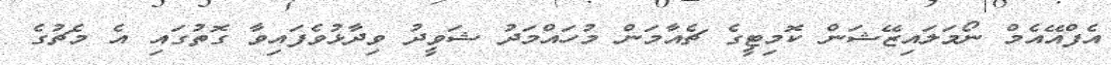
އެފްއޭއެމް ނޯމަލައިޒޭޝަން ކޮމިޓީގެ ޗެއާމަން މުހައްމަދު ޝަވީދު ވިދާޅުވެފައިވާ ގޮތުގައި އެ މެޗުގެ